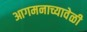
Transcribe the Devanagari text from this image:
आगमनाच्यावेळी